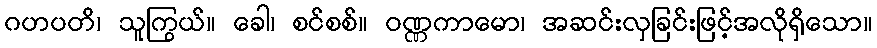
ဂဟပတိ၊ သူကြွယ်။ ခေါ၊ စင်စစ်။ ဝဏ္ဏကာမော၊ အဆင်းလှခြင်းဖြင့်အလိုရှိသော။